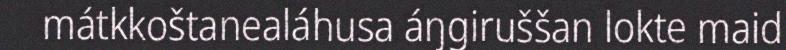
mátkkoštanealáhusa áŋgiruššan lokte maid